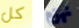
كل نهزم